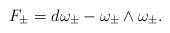
LaTeX: \begin{align*}F_{\pm }=d\omega _{\pm }-\omega _{\pm }\wedge \omega _{\pm }.\end{align*}